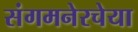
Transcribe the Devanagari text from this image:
संगमनेरचेया